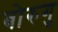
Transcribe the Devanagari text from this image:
बोरुगु